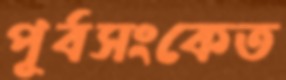
পূর্বসংকেত